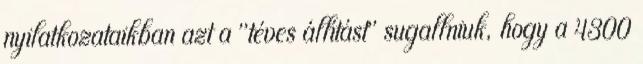
nyilatkozataikban azt a "téves állítást" sugallniuk, hogy a 4300